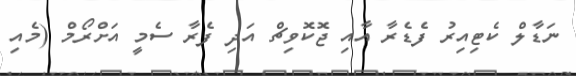
ނަޑާލް ކެޓިއިރު ފެޑެރާ އާއި ޖޮކޮވިޗް އަދި ފެރާ ސެމީ އަށްރޯމް (މެއި